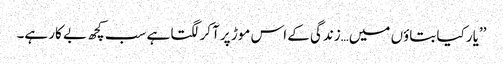
’’یار کیا بتاؤں میں…زندگی کے اس موڑ پر آکر لگتا ہے سب کچھ بے کار ہے۔